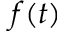
f ( t )